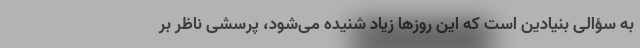
به سؤالی بنیادین است که این روزها زیاد شنیده می‌شود، پرسشی ناظر بر